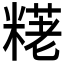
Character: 𫃊